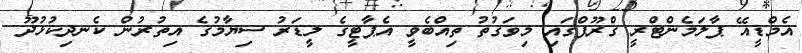
އެމްޑީއޭ ޕާލަމެންޓްރީ ގްރޫޕްގައި މިވަގުތު ތިއްބެވީ އެޕާޓީގެ ލީޑަރު ސިޔާމުގެ އިތުރުން ކެނދިކުޅުދޫ